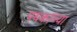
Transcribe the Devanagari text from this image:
पथकांच्या